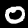
Label: 0